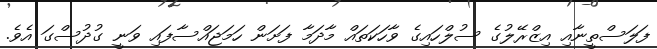
ފަލަސްތީނާއި އިޒްރޭލުގެ ސުލްހައިގެ ވާހަކަތައް މާދަމާ ފަށަން ހަމަޖައްސާފައި ވަނީ ގުދުސްގަ އެވެ.